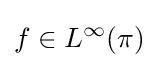
f\in L^{\infty }(\pi )